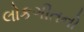
લોકગીતનો